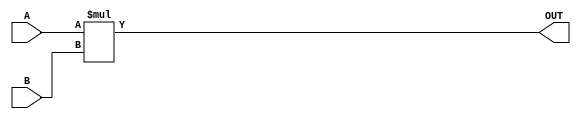
module ParameterizedMultiplier #(
    parameter WIDTH_A = 8,             // Bit-width of input A
    parameter WIDTH_B = 8,             // Bit-width of input B
    parameter WIDTH_OUT = WIDTH_A + WIDTH_B // Bit-width of output
)(
    input  wire signed [WIDTH_A-1:0] A, // Input A (signed)
    input  wire signed [WIDTH_B-1:0] B, // Input B (signed)
    output wire signed [WIDTH_OUT-1:0] OUT // Output (signed)
);

    // Behavioral multiplication
    assign OUT = A * B;

endmodule